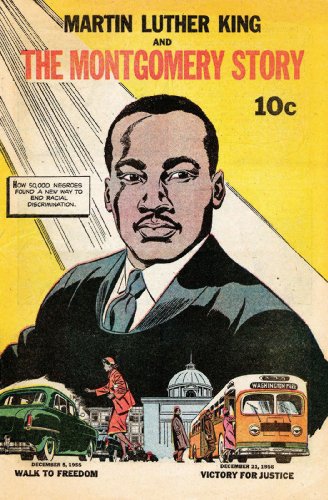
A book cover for Martin Luther King and the Montgomery Story; Alfred Hassler; Children's Books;